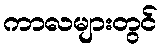
ကာလများတွင်